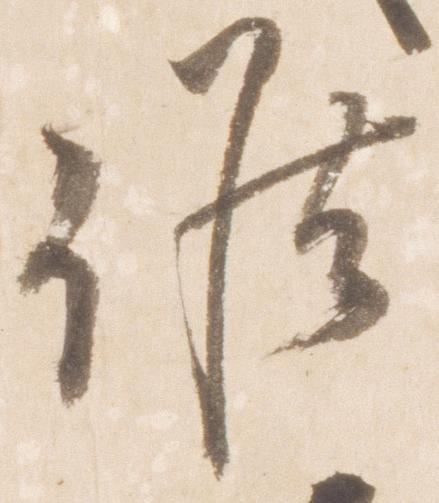
候